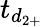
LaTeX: t_{d_{2+}}